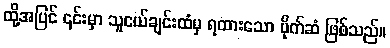
ထို့အပြင် ၎င်းမှာ သူငယ်ချင်းထံမှ ရထားသော ပိုက်ဆံ ဖြစ်သည်။